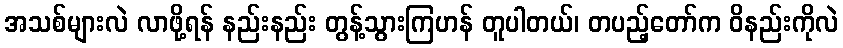
အသစ်များလဲ လာဖို့ရန် နည်းနည်း တွန့်သွားကြဟန် တူပါတယ်၊ တပည့်တော်က ဝိနည်းကိုလဲ